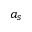
a _ { s }